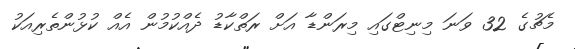
މެޗުގެ 32 ވަނަ މިނިޓްގައި މިރަންޑާ އަށް ރަތްކާޑު ދެއްކުމުން އެއް ކުޅުންތެރިއަކު